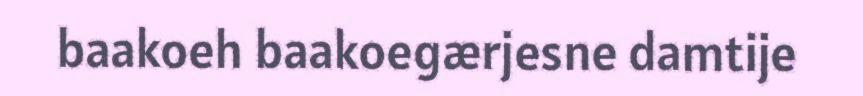
baakoeh baakoegærjesne damtije